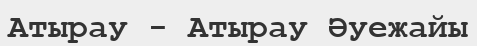
Атырау - Атырау Әуежайы